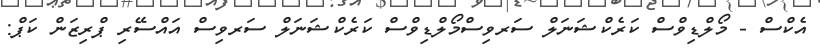
އެކްސް - މޯލްޑިވްސް ކަރެކްޝަނަލް ސަރވިސްމޯލްޑިވްސް ކަރެކްޝަނަލް ސަރވިސް އައްސޭރި ޕްރިޒަން ކަޕް: